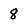
Character: 8